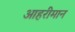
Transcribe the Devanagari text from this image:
आहरीमान